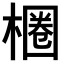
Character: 𣙢